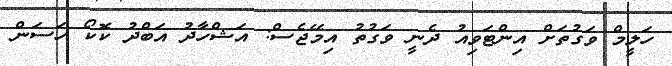
ހަލީމް ވަގުތަށް އިންޓަވިއު ދެނީ ވަގުތު އިމޭޖެސް: އަޝްހާދު އަބްދު ކޮކޯ ހަސަން